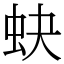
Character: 蚗